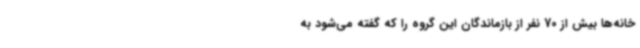
خانه‌ها بیش از 70 نفر از بازماندگان این گروه را که گفته می‌شود به